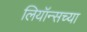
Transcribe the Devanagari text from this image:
लियॉन्सच्या